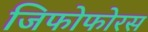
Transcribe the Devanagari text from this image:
जिफोफोरस